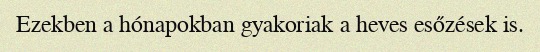
Ezekben a hónapokban gyakoriak a heves esőzések is.